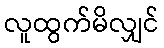
လူထွက်မိလျှင်